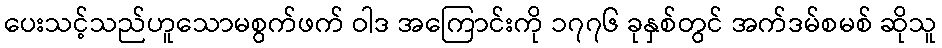
ပေးသင့်သည်ဟူသောမစွက်ဖက် ဝါဒ အကြောင်းကို ၁၇၇၆ ခုနှစ်တွင် အက်ဒမ်စမစ် ဆိုသူ